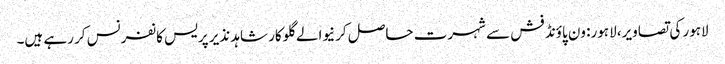
لاہور کی تصاویر، لاہور: ون پاؤنڈ فش سے شہرت حاصل کرنیوالے گلوکار شاہد نذیر پریس کانفرنس کر رہے ہیں۔